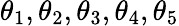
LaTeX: \theta_{1},\theta_{2},\theta_{3},\theta_{4},\theta_{5}